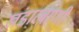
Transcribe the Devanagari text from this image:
खंडारबाणी